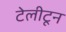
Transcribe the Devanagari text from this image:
टेलीटून